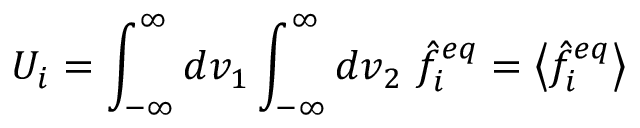
U _ { i } = \int _ { - \infty } ^ { \infty } d v _ { 1 } \int _ { - \infty } ^ { \infty } d v _ { 2 } \ \hat { f } _ { i } ^ { e q } = \left\langle \hat { f } _ { i } ^ { e q } \right\rangle